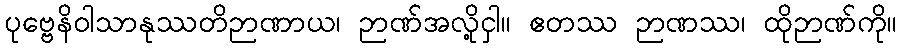
ပုဗ္ဗေနိဝါသာနုဿတိဉာဏာယ၊ ဉာဏ်အလို့ငှါ။ ဧတဿ ဉာဏဿ၊ ထိုဉာဏ်ကို။